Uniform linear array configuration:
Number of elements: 32
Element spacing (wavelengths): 1
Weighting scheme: blackman
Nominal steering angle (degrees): -15
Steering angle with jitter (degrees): -13.728
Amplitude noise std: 0.05
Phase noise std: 0.05

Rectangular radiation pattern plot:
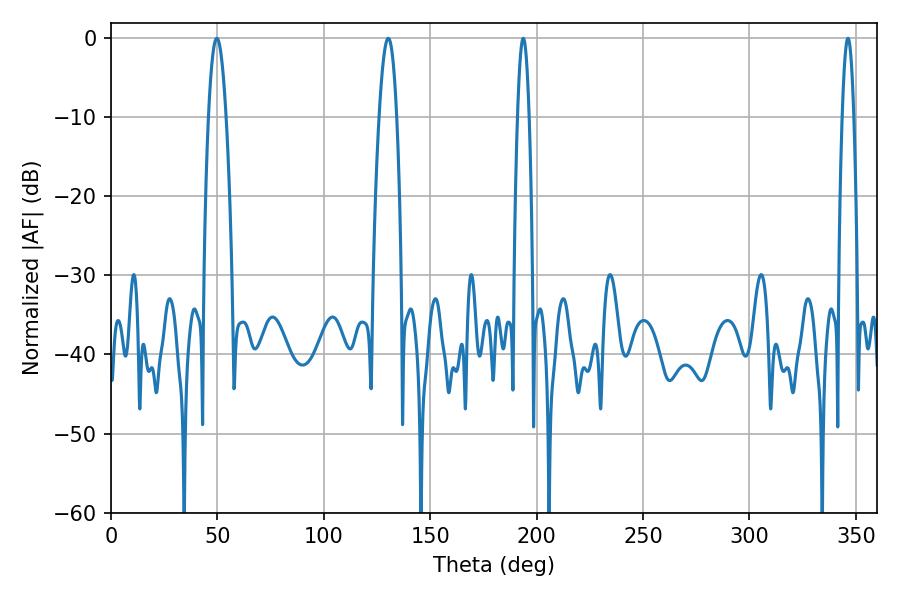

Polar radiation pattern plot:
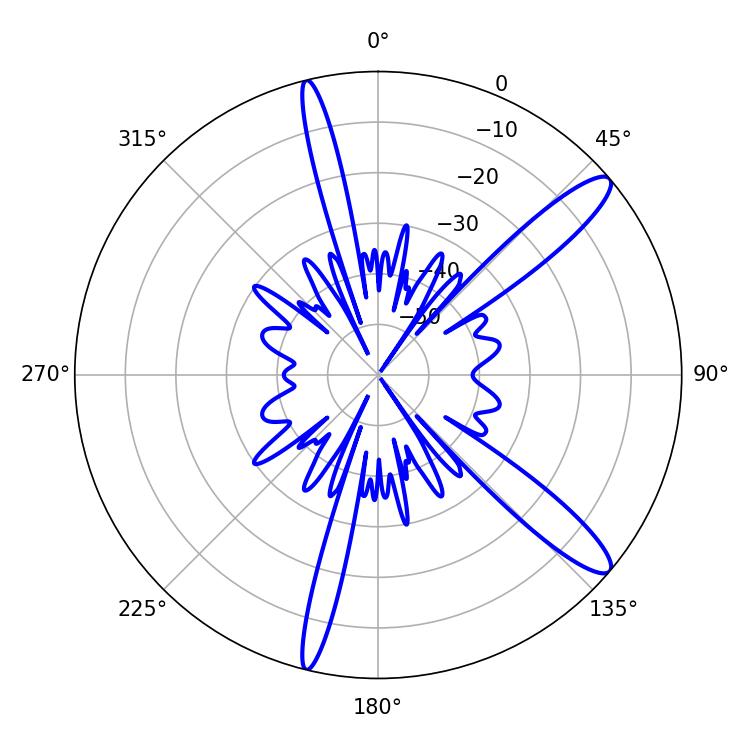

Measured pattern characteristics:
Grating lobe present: TRUE
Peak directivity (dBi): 12.836
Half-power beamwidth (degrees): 4.5
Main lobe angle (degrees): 49.68